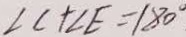
\angle C + \angle E = 1 8 0 ^ { \circ }